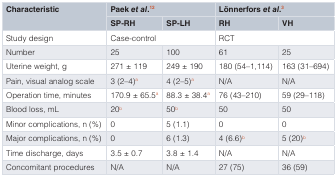
<table><thead><tr><td rowspan="2"><b>Characteristic</b></td><td colspan="2"><b>Paek<i>et al</i>.<sup>12</sup></b></td><td colspan="2"><b>Lönnerfors<i>et al</i>.<sup>3</sup></b></td></tr><tr><td><b>SP-RH</b></td><td><b>SP-LH</b></td><td><b>RH</b></td><td><b>VH</b></td></tr></thead><tbody><tr><td>Study design</td><td>Case-control</td><td></td><td>RCT</td><td></td></tr><tr><td>Number</td><td>25</td><td>100</td><td>61</td><td>25</td></tr><tr><td>Uterine weight, g</td><td>271 ± 119</td><td>249 ± 190</td><td>180 (54–1,114)</td><td>163 (31–694)</td></tr><tr><td>Pain, visual analog scale</td><td>3 (2–4)<sup>a</sup></td><td>4 (2–5)<sup>a</sup></td><td>N/A</td><td>N/A</td></tr><tr><td>Operation time, minutes</td><td>170.9 ± 65.5<sup>a</sup></td><td>88.3 ± 38.4<sup>a</sup></td><td>76 (43–210)</td><td>59 (29–118)</td></tr><tr><td>Blood loss, mL</td><td>20<sup>b</sup></td><td>50<sup>b</sup></td><td>50</td><td>50</td></tr><tr><td>Minor complications, n (%)</td><td>0</td><td>5 (1.1)</td><td>0</td><td>0</td></tr><tr><td>Major complications, n (%)</td><td>0</td><td>6 (1.3)</td><td>4 (6.6)<sup>b</sup></td><td>5 (20)<sup>b</sup></td></tr><tr><td>Time discharge, days</td><td>3.5 ± 0.7</td><td>3.8 ± 1.4</td><td>N/A</td><td>N/A</td></tr><tr><td>Concomitant procedures</td><td>N/A</td><td>N/A</td><td>27 (75)</td><td>36 (59)</td></tr></tbody></table>